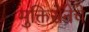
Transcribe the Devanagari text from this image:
मुक्तिसेनेचे